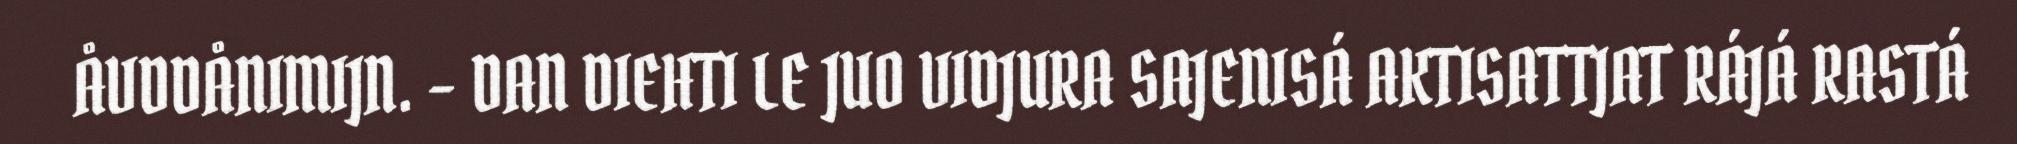
ÅVDDÅNIMIJN. – DAN DIEHTI LE JUO VIDJURA SAJENISÁ AKTISATTJAT RÁJÁ RASTÁ